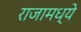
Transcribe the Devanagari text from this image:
राजामध्ये